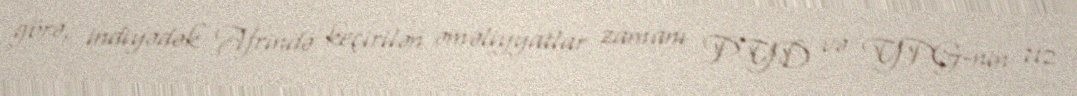
görə, indiyədək Afrində keçirilən əməliyyatlar zamanı PYD və YPG-nin 712